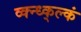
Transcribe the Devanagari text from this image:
व्क्न्ध्क्ल्कं